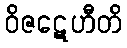
ဝိဇဋေဟီတိ